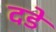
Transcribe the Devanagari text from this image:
दिंडें